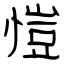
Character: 愷